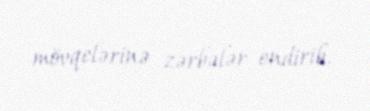
mövqelərinə zərbələr endirib.